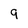
Character: 9